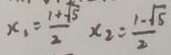
x _ { 1 } = \frac { 1 + \sqrt { 5 } } { 2 } x _ { 2 } = \frac { 1 - \sqrt { 5 } } { 2 }